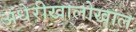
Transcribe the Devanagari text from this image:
अंधेरीखालोखाल